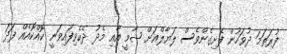
ފުރަތަމަ ދުވަހުން ފެށިގެންވެސް ލަޔާލްއަށް ޝާމީ އާއި މެދު ދެކެވިފައިވަނީ ކޮއްކޮއެއް ފަދަ